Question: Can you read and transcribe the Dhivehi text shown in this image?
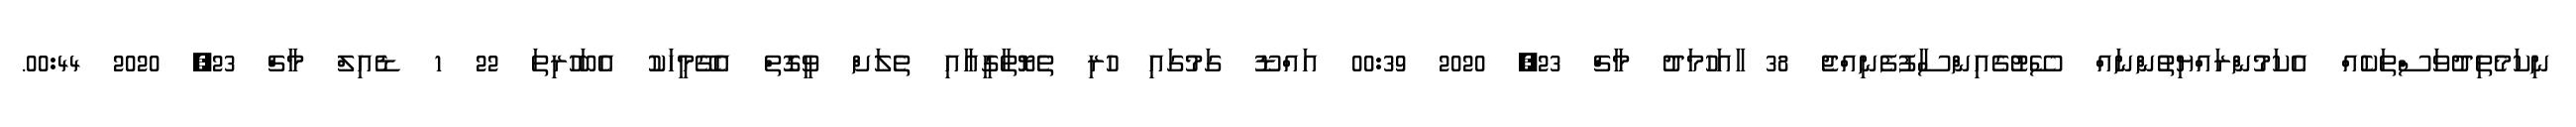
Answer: ނިކަމެތިދުވަސްތަކެއް އެކަމުންރައްޔިތުންނައް ސޭޓުގެއިންސާފުފެނިއްޖެ 38 ާއަހުމަދު މާޗް 23, 2020 00:39 އައްޑޫ ގަމުގައި ހުރި ތެޔޮތާގީއާއި ތެލަށް ވީގޮތް އެގޭމީހަކު އެބަހުރިތަ 22 1 ޑެއިލް މާޗް 23, 2020 00:44.